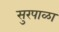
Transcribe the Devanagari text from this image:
सुरपाळा